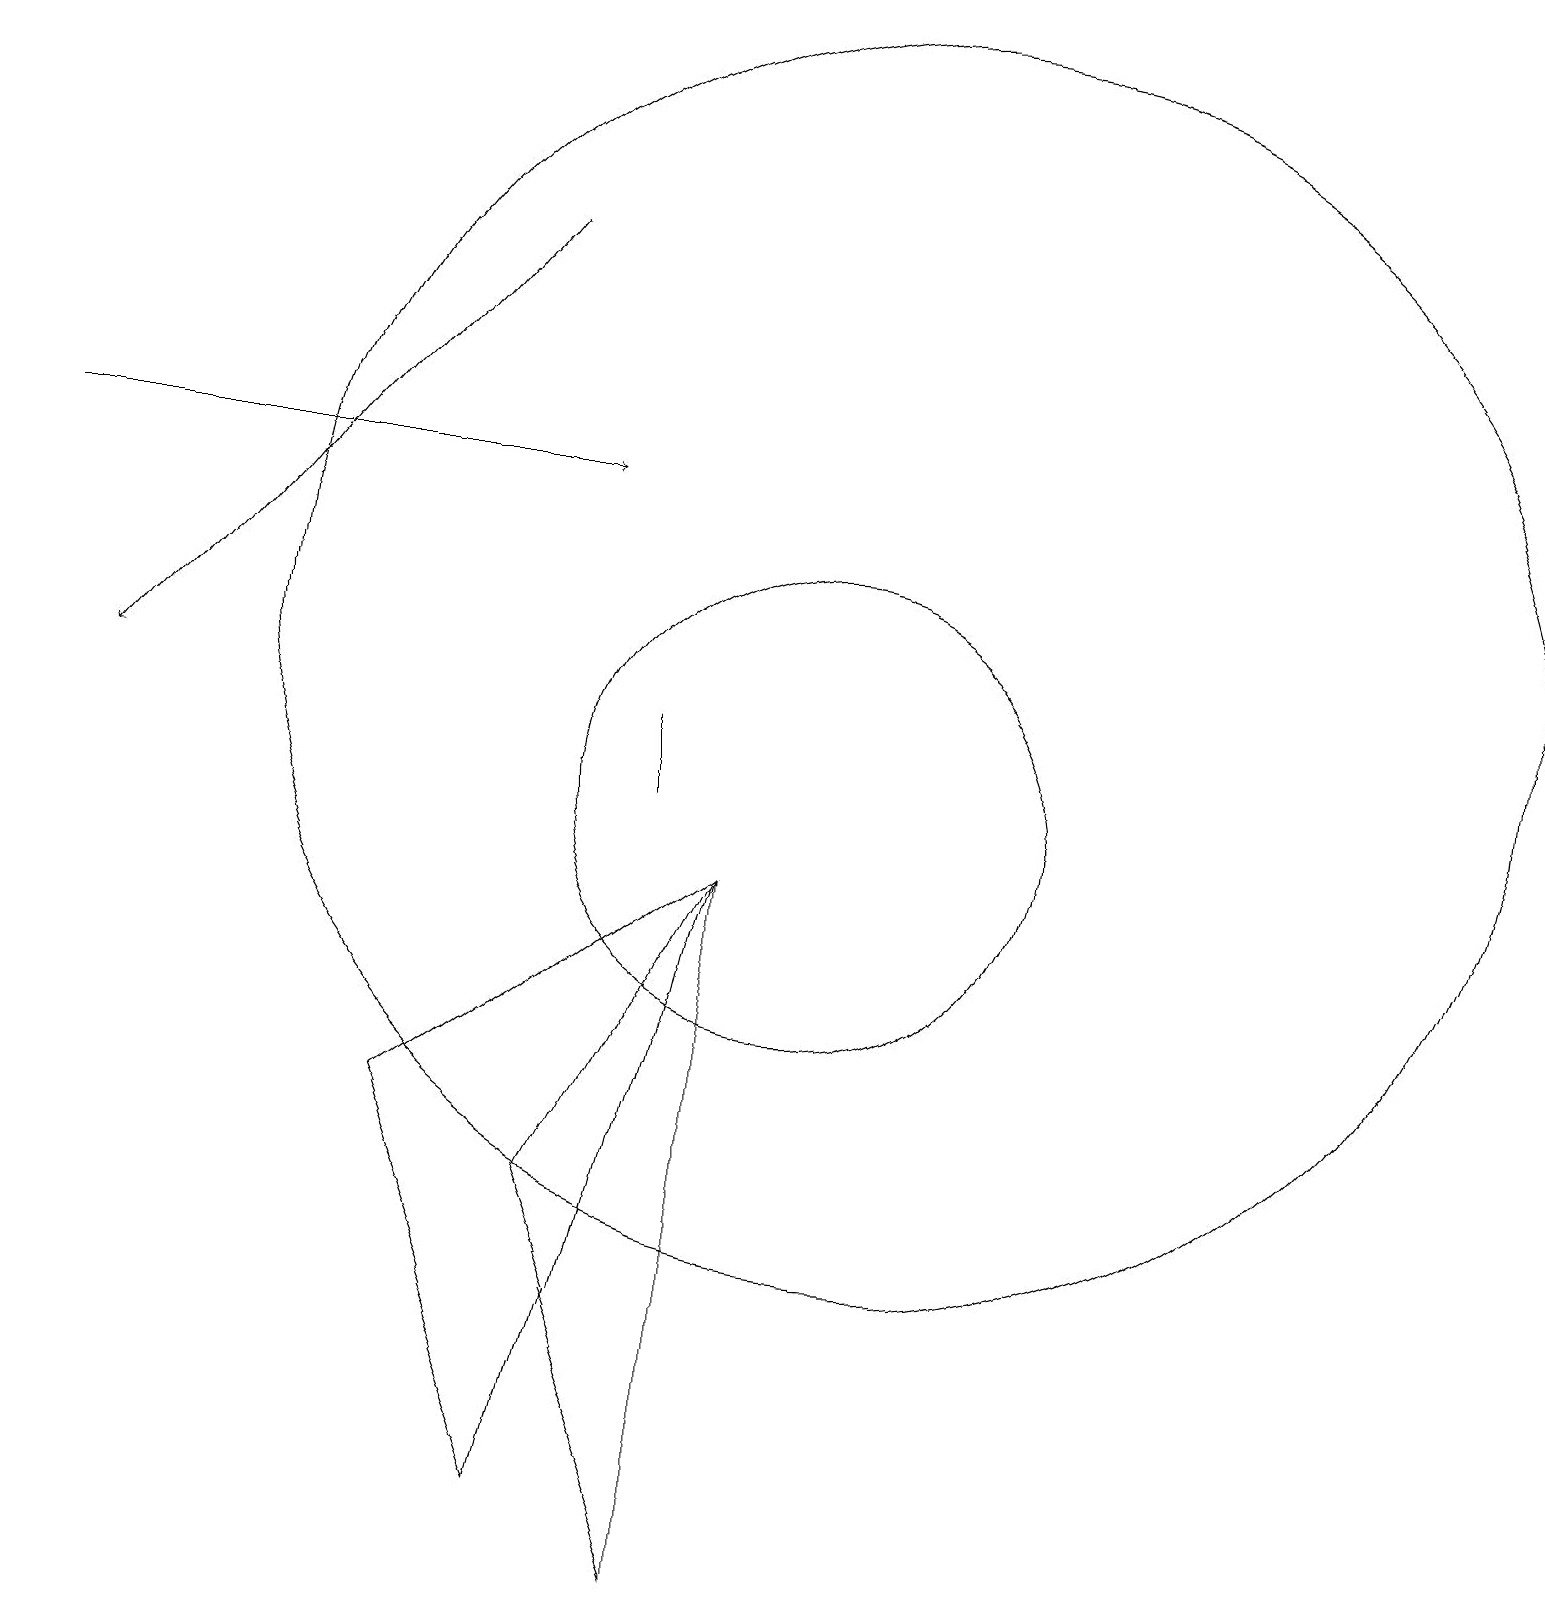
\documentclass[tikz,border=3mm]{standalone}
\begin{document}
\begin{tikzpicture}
\draw (7,5) -- (9,0) -- (9,9) -- cycle;
\draw[->] (0,14) -- (7,14);
\draw (5,6) -- (9,9) -- (7,1) -- cycle;
\draw (8,10) rectangle (8,11);
\draw (11,12) circle (8);
\draw (10,10) circle (3);
\draw[->] (6,17) -- (1,11);
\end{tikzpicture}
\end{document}